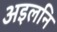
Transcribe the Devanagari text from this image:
अइलनि